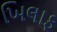
ખિલાફ